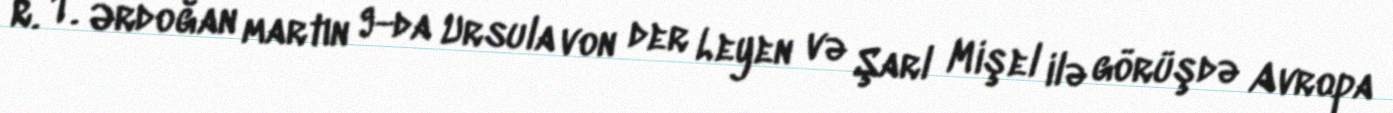
R. T. Ərdoğan martın 9-da Ursula von der Leyen və Şarl Mişel ilə görüşdə Avropa